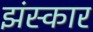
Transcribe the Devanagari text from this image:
झंस्कार